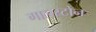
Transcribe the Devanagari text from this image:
गालस्टोन